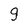
Character: g